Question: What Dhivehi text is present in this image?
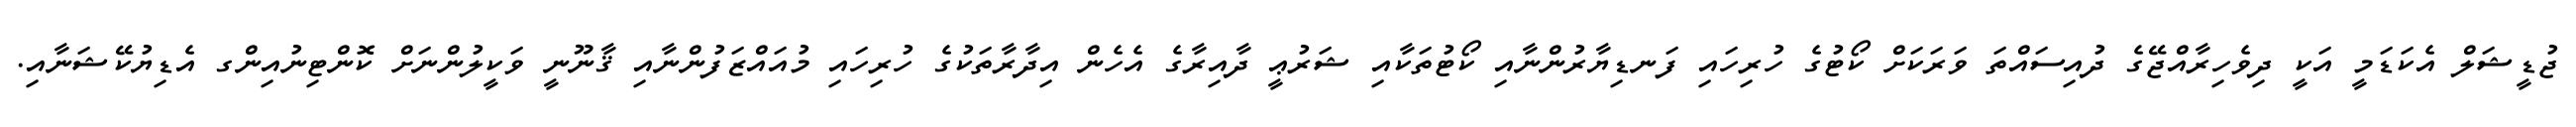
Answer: ޖުޑީޝަލް އެކަޑަމީ އަކީ ދިވެހިރާއްޖޭގެ ދުއިސައްތަ ވަރަކަށް ކޯޓުގެ ހުރިހައި ފަނޑިޔާރުންނާއި ކޯޓުތަކާއި ޝަރުޢީ ދާއިރާގެ އެހެން އިދާރާތަކުގެ ހުރިހައި މުއައްޒަފުންނާއި ޤާނޫނީ ވަކީލުންނަށް ކޮންޓިނުއިންގ އެޑިޔުކޭޝަނާއި.